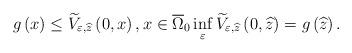
LaTeX: \begin{align*}g\left(x\right)\leq \widetilde{V}_{\varepsilon ,\widehat{z}}\left(0,x\right),x\in \overline{\Omega }_{0}\inf_{\varepsilon }\widetilde{V}_{\varepsilon ,\widehat{z}}\left(0,\widehat{z}\right)=g\left(\widehat{z}\right).\end{align*}